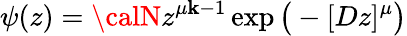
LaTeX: \psi(z)={\calN}z^{\mu\mathbf{k}-1}\exp\big(-[Dz]^{\mu}\big)